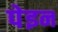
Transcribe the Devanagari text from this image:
पेइन